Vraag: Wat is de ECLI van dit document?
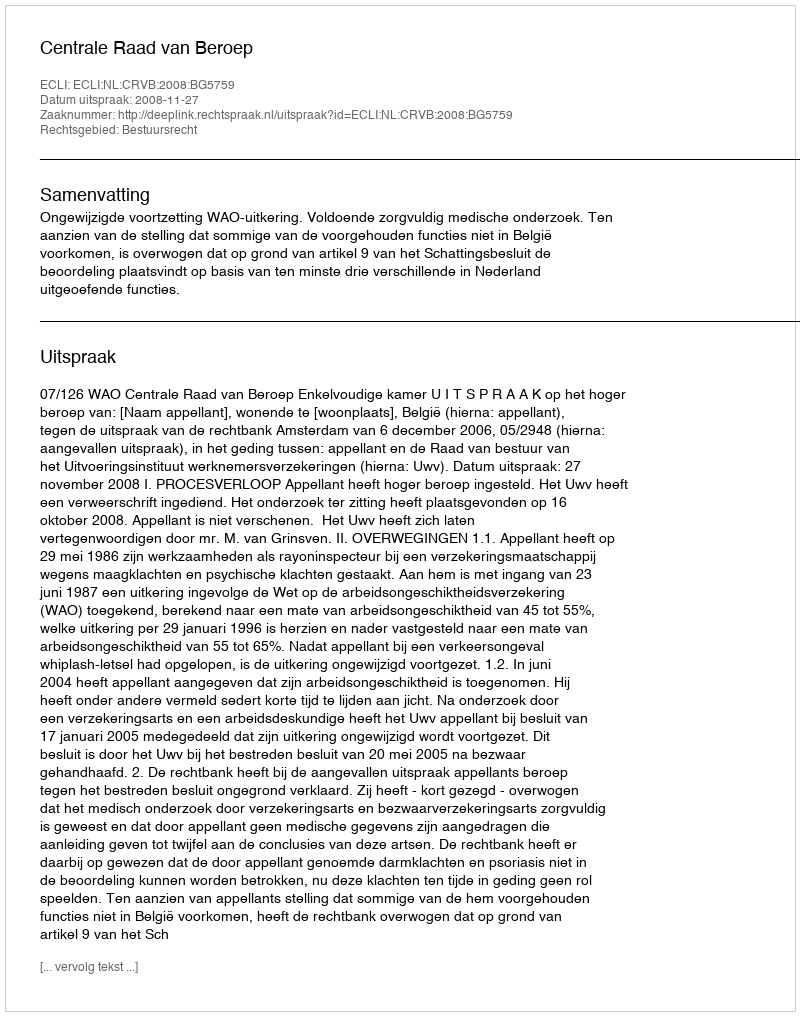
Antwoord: ECLI:NL:CRVB:2008:BG5759